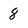
Character: 8